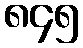
၈၄၅